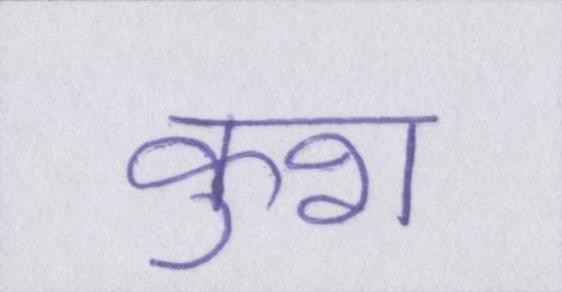
कुश